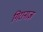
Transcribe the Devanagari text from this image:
गिरानाज़